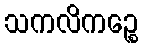
သကလိကဉ္စေ